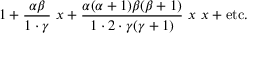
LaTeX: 1 + { \frac { \alpha \beta } { 1 \cdot \gamma } } ~ x + { \frac { \alpha ( \alpha + 1 ) \beta ( \beta + 1 ) } { 1 \cdot 2 \cdot \gamma ( \gamma + 1 ) } } ~ x ~ x + { \mathrm { e t c . } }